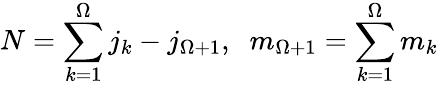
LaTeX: N=\sum_{k=1}^{\Omega}j_{k}-j_{\Omega+1},\; \; m_{\Omega+1}=\sum_{k=1}^{\Omega}m_{k}